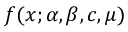
f ( x ; \alpha , \beta , c , \mu )